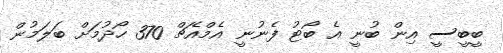
ބީބީސީ އިން ބުނީ އެ ބޯޓު ފެނުނީ އެމްއެޗް 370 ހޯދުމަށް ބަލަމުން